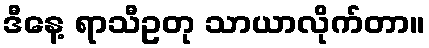
ဒီနေ့ ရာသီဥတု သာယာလိုက်တာ။